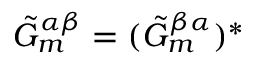
\tilde { G } _ { m } ^ { \alpha \beta } = ( \tilde { G } _ { m } ^ { \beta \alpha } ) ^ { * }